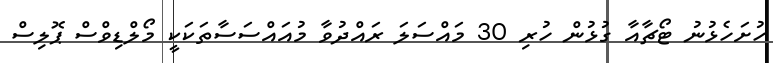
ހުށަހެޅުނު ޓޯޗާއާ ގުޅުން ހުރި 30 މައްސަލަ ރައްދުވާ މުއައްސަސާތަކަކީ މޯލްޑިވްސް ޕޮލިސް